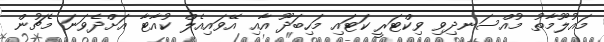
މައުލޫމާތު މުއްސަނދިވި ވިކްޓަރީ ކަޓައި މަހިބަދޫ އާއި އޭވައިއެލް ކުއާޓާ އަށްދެވަނަ މެޗުން